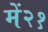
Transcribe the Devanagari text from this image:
में२१